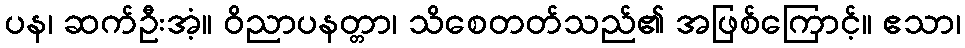
ပန၊ ဆက်ဦးအံ့။ ဝိညာပနတ္တာ၊ သိစေတတ်သည်၏ အဖြစ်ကြောင့်။ ဧသာ၊